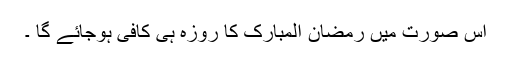
اس صورت میں رَمَضانُ الْمُبارَک کا روزہ ہی کافی ہوجائے گا ۔